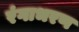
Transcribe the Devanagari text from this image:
रंगाभरण